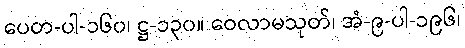
ပေတ-ပါ-၁၆၀၊ ဋ္ဌ-၁၃၀။ ဝေလာမသုတ်၊ အံ-၉-ပါ-၁၉၆၊